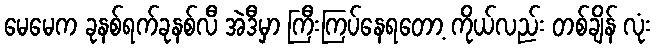
မေမေက ခုနစ်ရက်ခုနစ်လီ အဲဒီမှာ ကြီးကြပ်နေရတော့ ကိုယ်လည်း တစ်ချိန် လုံး